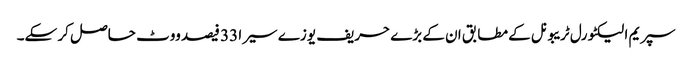
سپریم الیکٹورل ٹریبونل کے مطابق ان کے بڑے حریف یوزے سیرا 33 فیصد ووٹ حاصل کر سکے۔